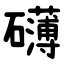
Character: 礴